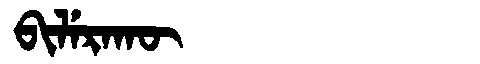
Manchu: ᠪᡳᠯᡝᡵᠠᡴᡡ
Romanization: BILERAKŪ